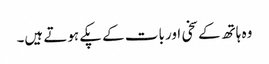
وہ ہاتھ کے سخی اور بات کے پکے ہوتے ہیں۔